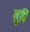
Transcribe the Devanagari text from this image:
लुषि